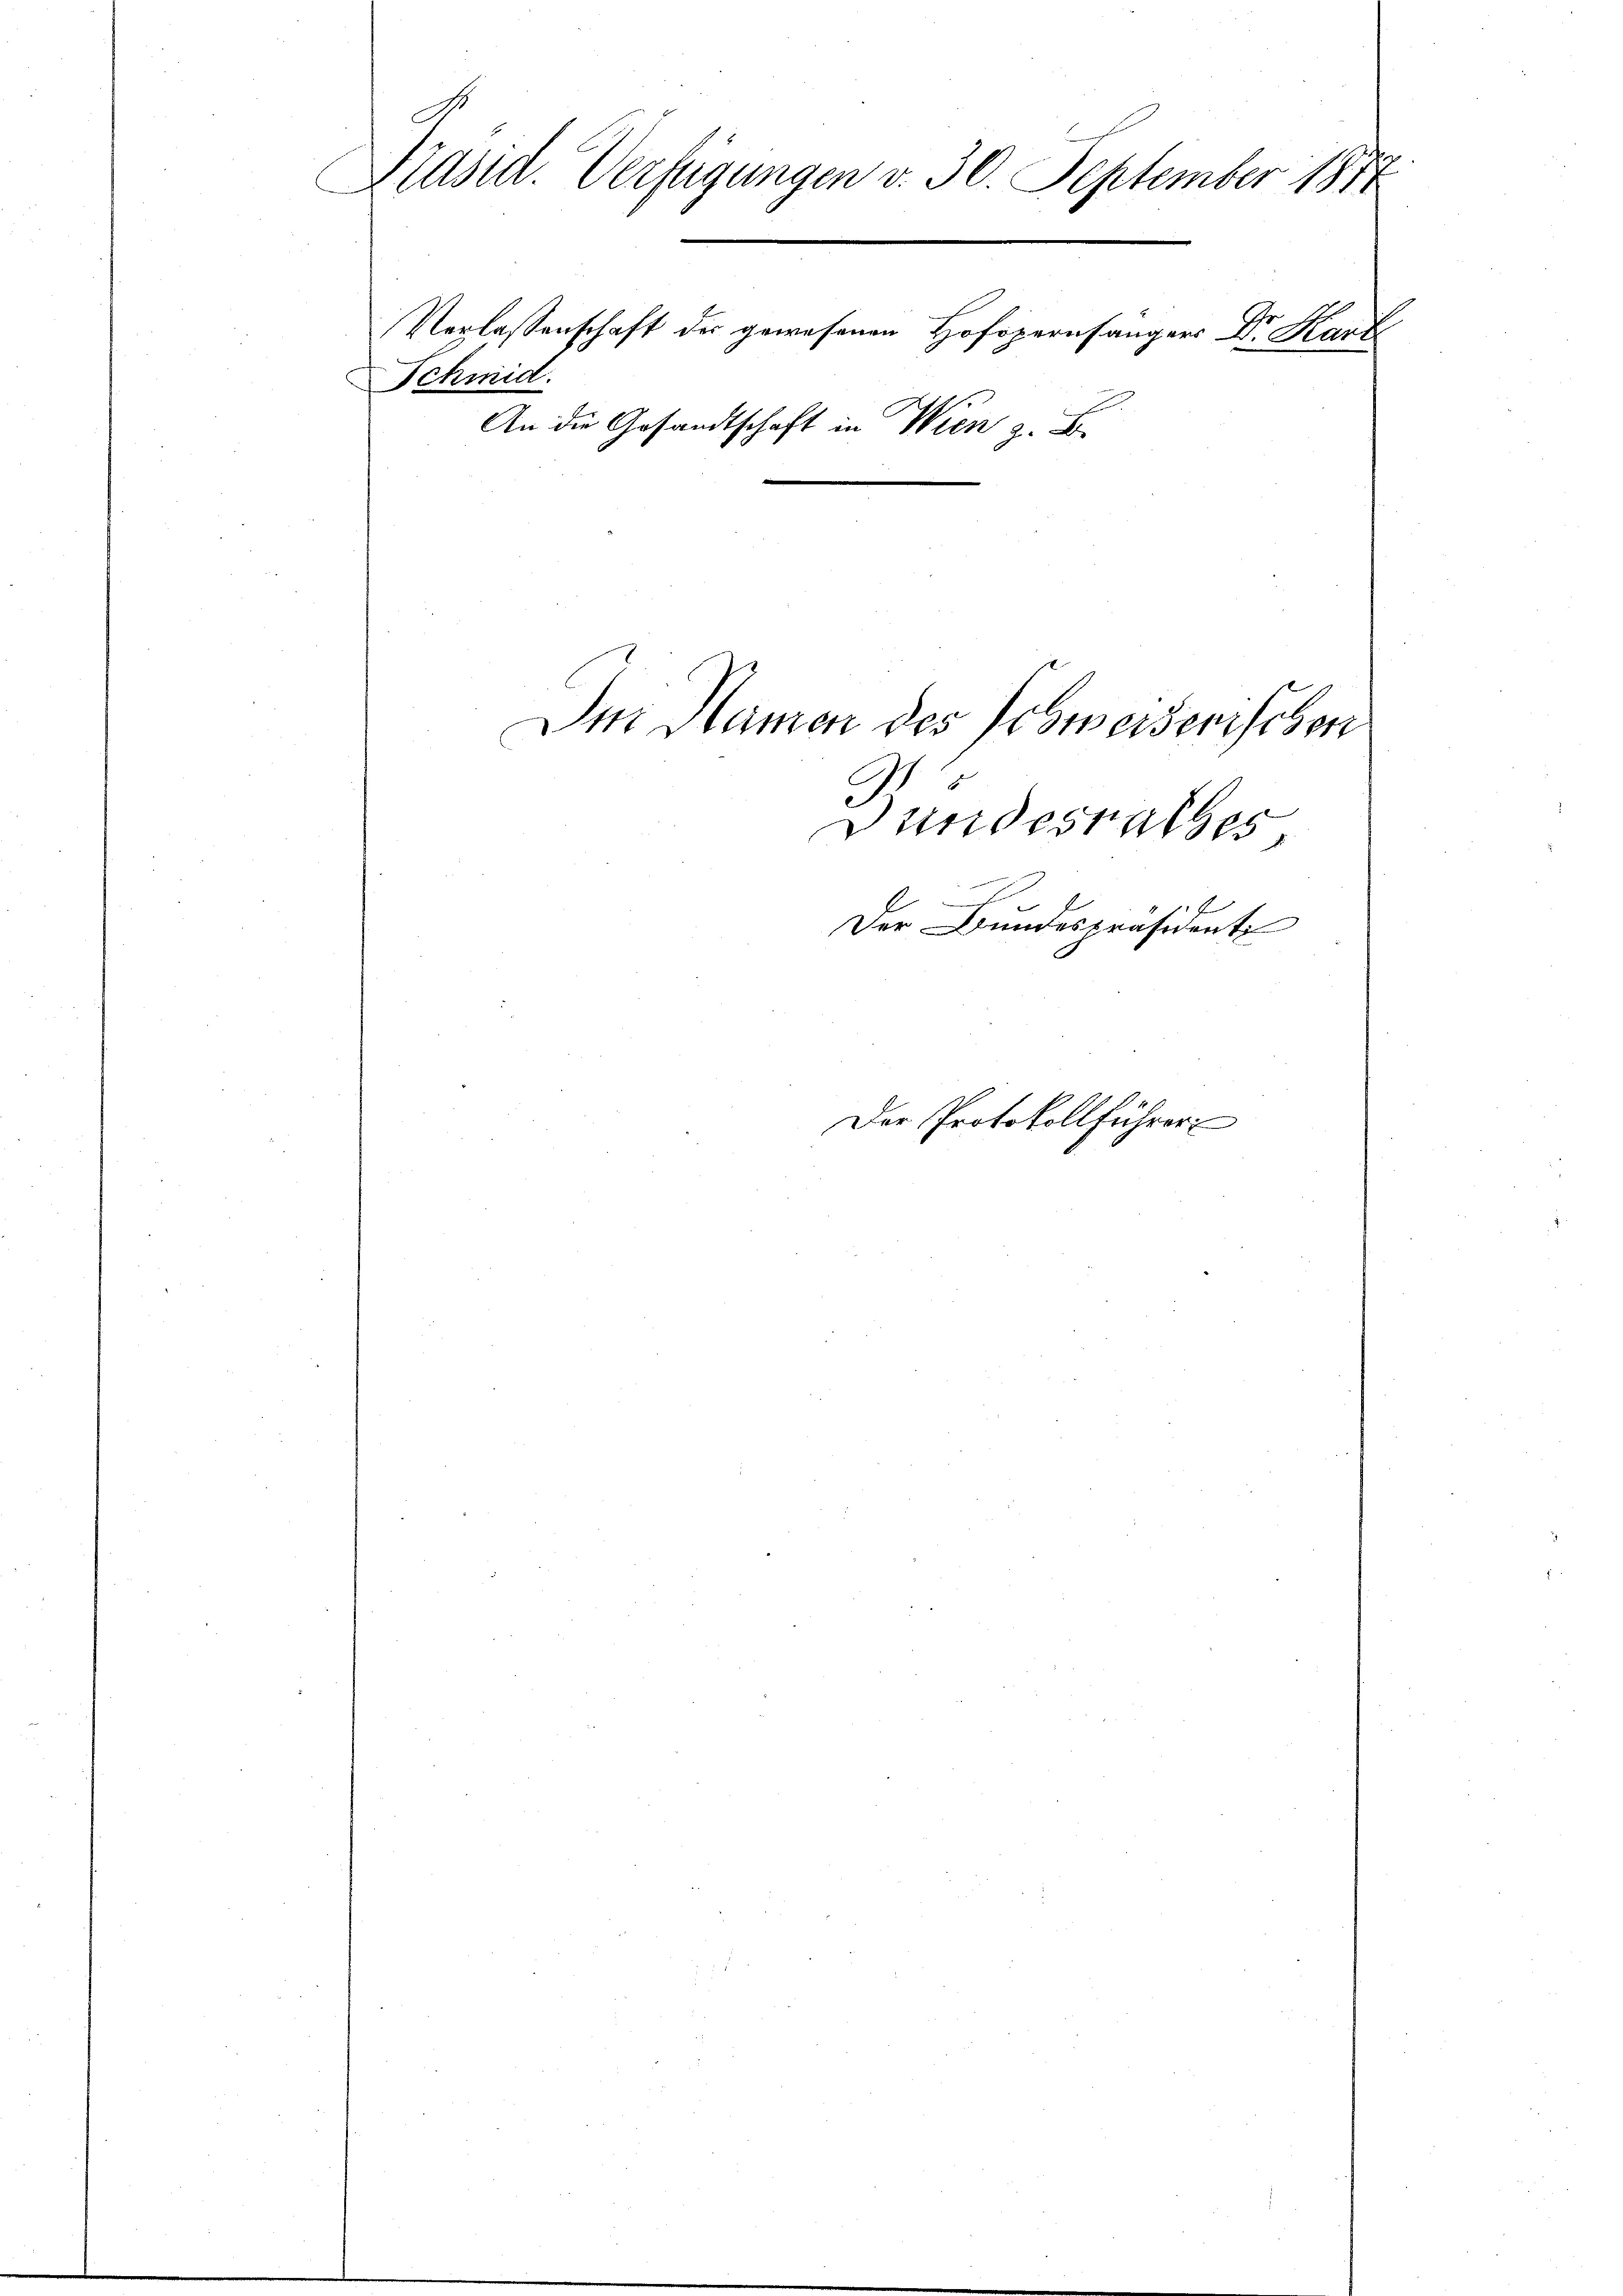
Präsid. Verfügungen v. 30. September 1817
Schmid.
An die Gesandtschaft in Wien z. B.

Verlassenschaft der gewesenen Hofopernsängers Dr. Karl

Im Namen des Schweizerischen
.
Dundesrathes,
Der Bundespräsidente
Der Protokollführer